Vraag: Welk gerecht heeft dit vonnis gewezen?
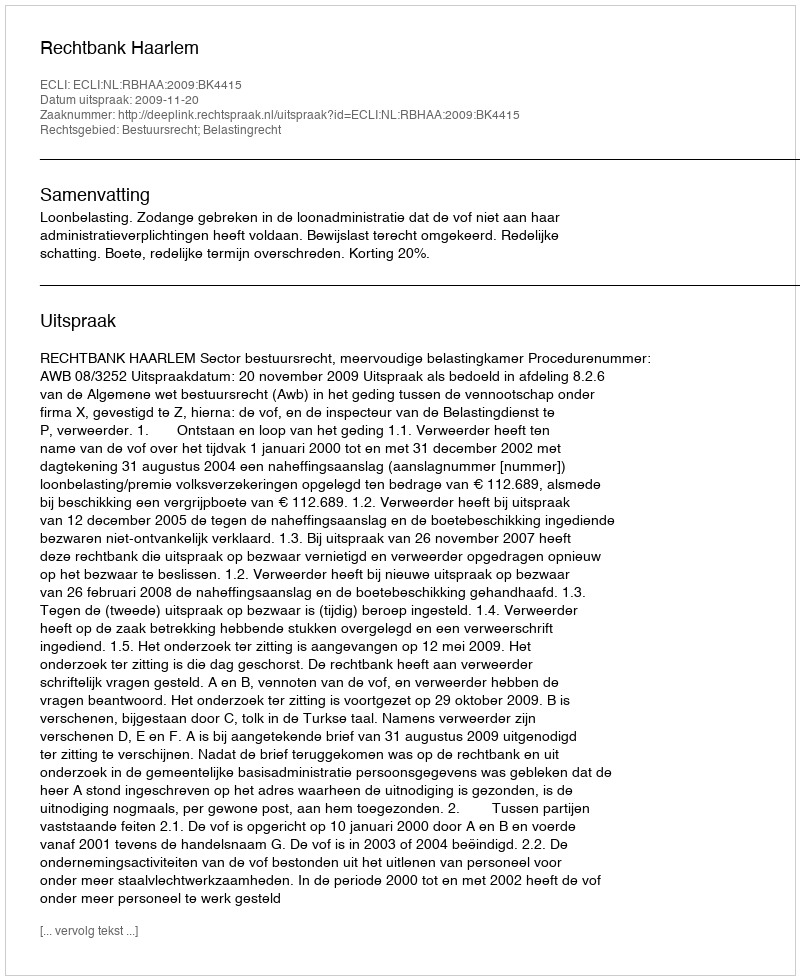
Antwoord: Rechtbank Haarlem